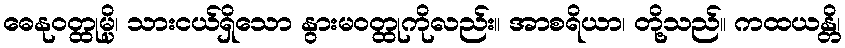
ဓေနုဝတ္ထုမ္ပိ၊ သားငယ်ရှိသော နွားမဝတ္ထုကိုလည်း။ အာစရိယာ၊ တို့သည်။ ကထယန္တိ၊